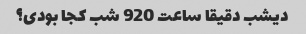
دیشب دقیقا ساعت 920 شب کجا بودی؟